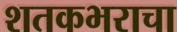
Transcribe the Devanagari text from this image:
शतकभराचा